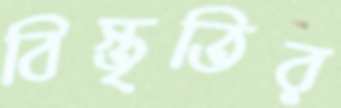
বিস্তৃতির